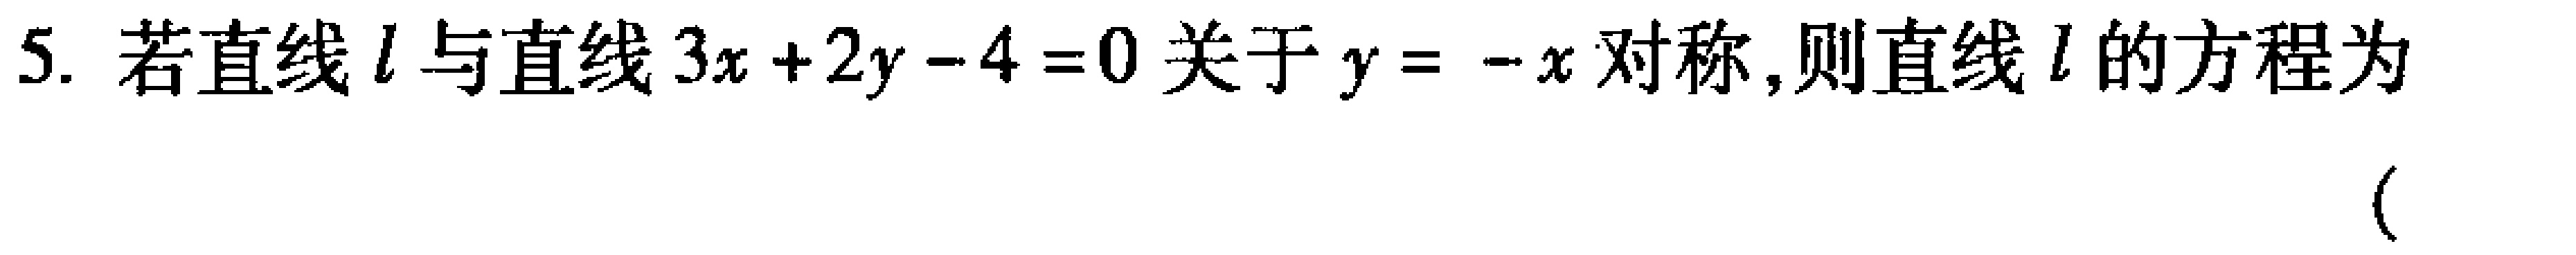
5. 若直线\(l\)与直线\(3x + 2y - 4 = 0\)关于\(y = -x\)对称,则直线\(l\)的方程为  (